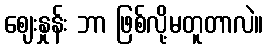
ဈေးနှုန်း ဘာ ဖြစ်လို့မတူတာလဲ။